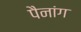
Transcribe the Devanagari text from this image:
पैनांग